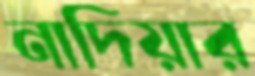
নাদিয়ার